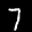
Label: 7